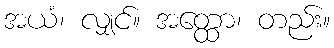
အယံ၊ လျှင်။ အတ္ထော၊ တည်း။